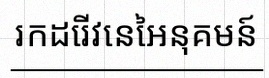
រកដេរីវេនៃអនុគមន៍